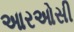
આરઓસી